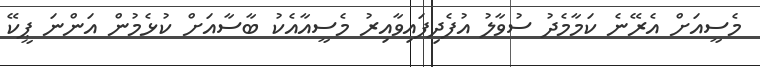
މެސީއަށް އެރޭނެ ކަމާމެދު ސުވާލު އުފެދިފައިވާއިރު މެސީއާއެކު ބާސާއަށް ކުޅެމުން އަންނަ ޕީކޭ